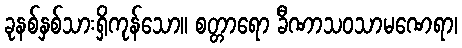
ခုနစ်နှစ်သားရှိကုန်သော။ စတ္တာရော ခီဏာသဝသာမဏေရာ၊